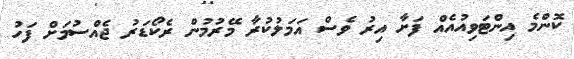
ކޮންމެ އިންޓަވިއުއެއް ފަށާ އިރު ވެސް އަމަލުކުރާ މޭރުމުން ރެކޯޑަރު ޖެއްސުމަށް ފަހު